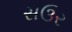
સઉર